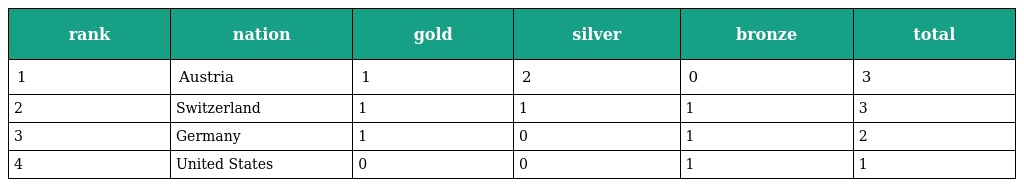
| rank | nation | gold | silver | bronze | total |
 | --- | --- | --- | --- | --- | --- |
 | 1 | Austria | 1 | 2 | 0 | 3 |
 | 2 | Switzerland | 1 | 1 | 1 | 3 |
 | 3 | Germany | 1 | 0 | 1 | 2 |
 | 4 | United States | 0 | 0 | 1 | 1 |